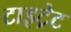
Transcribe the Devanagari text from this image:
टाइट्रेट